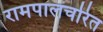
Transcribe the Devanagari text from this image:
रामपालचरित